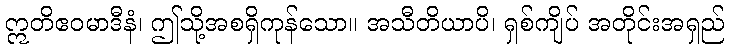
ဣတိဧဝမာဒီနံ၊ ဤသို့အစရှိကုန်သော။ အသီတိယာပိ၊ ရှစ်ကျိပ် အတိုင်းအရှည်